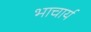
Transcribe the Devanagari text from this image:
भाचार्य